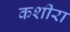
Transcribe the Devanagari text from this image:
कशीरा